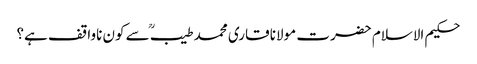
حکیم الاسلام حضرت مولانا قاری محمد طیبؒ سے کون ناواقف ہے؟